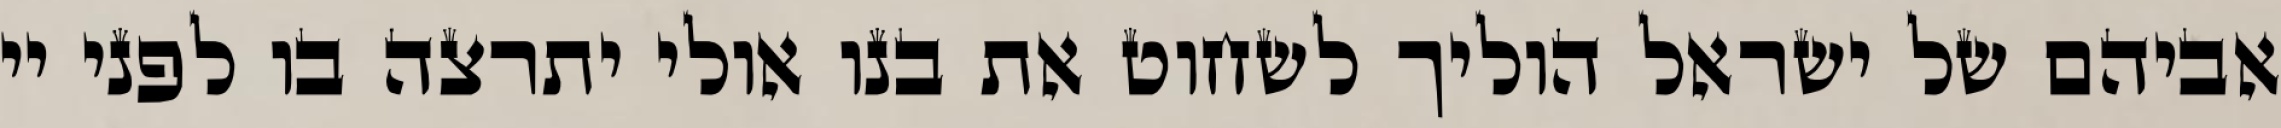
אביהם של ישראל הוליך לשחוט את בנו אולי יתרצה בו לפני יי